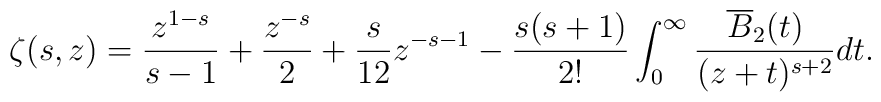
\zeta(s,z) = \frac{z^{1-s}}{s-1} + \frac{z^{-s}}{2}             + \frac{s}{12} z^{-s-1}             - \frac{s(s+1)}{2!}             \int_{0}^{\infty} \frac{\overline{B}_{2}(t)}{(z+t)^{s+2}}dt.